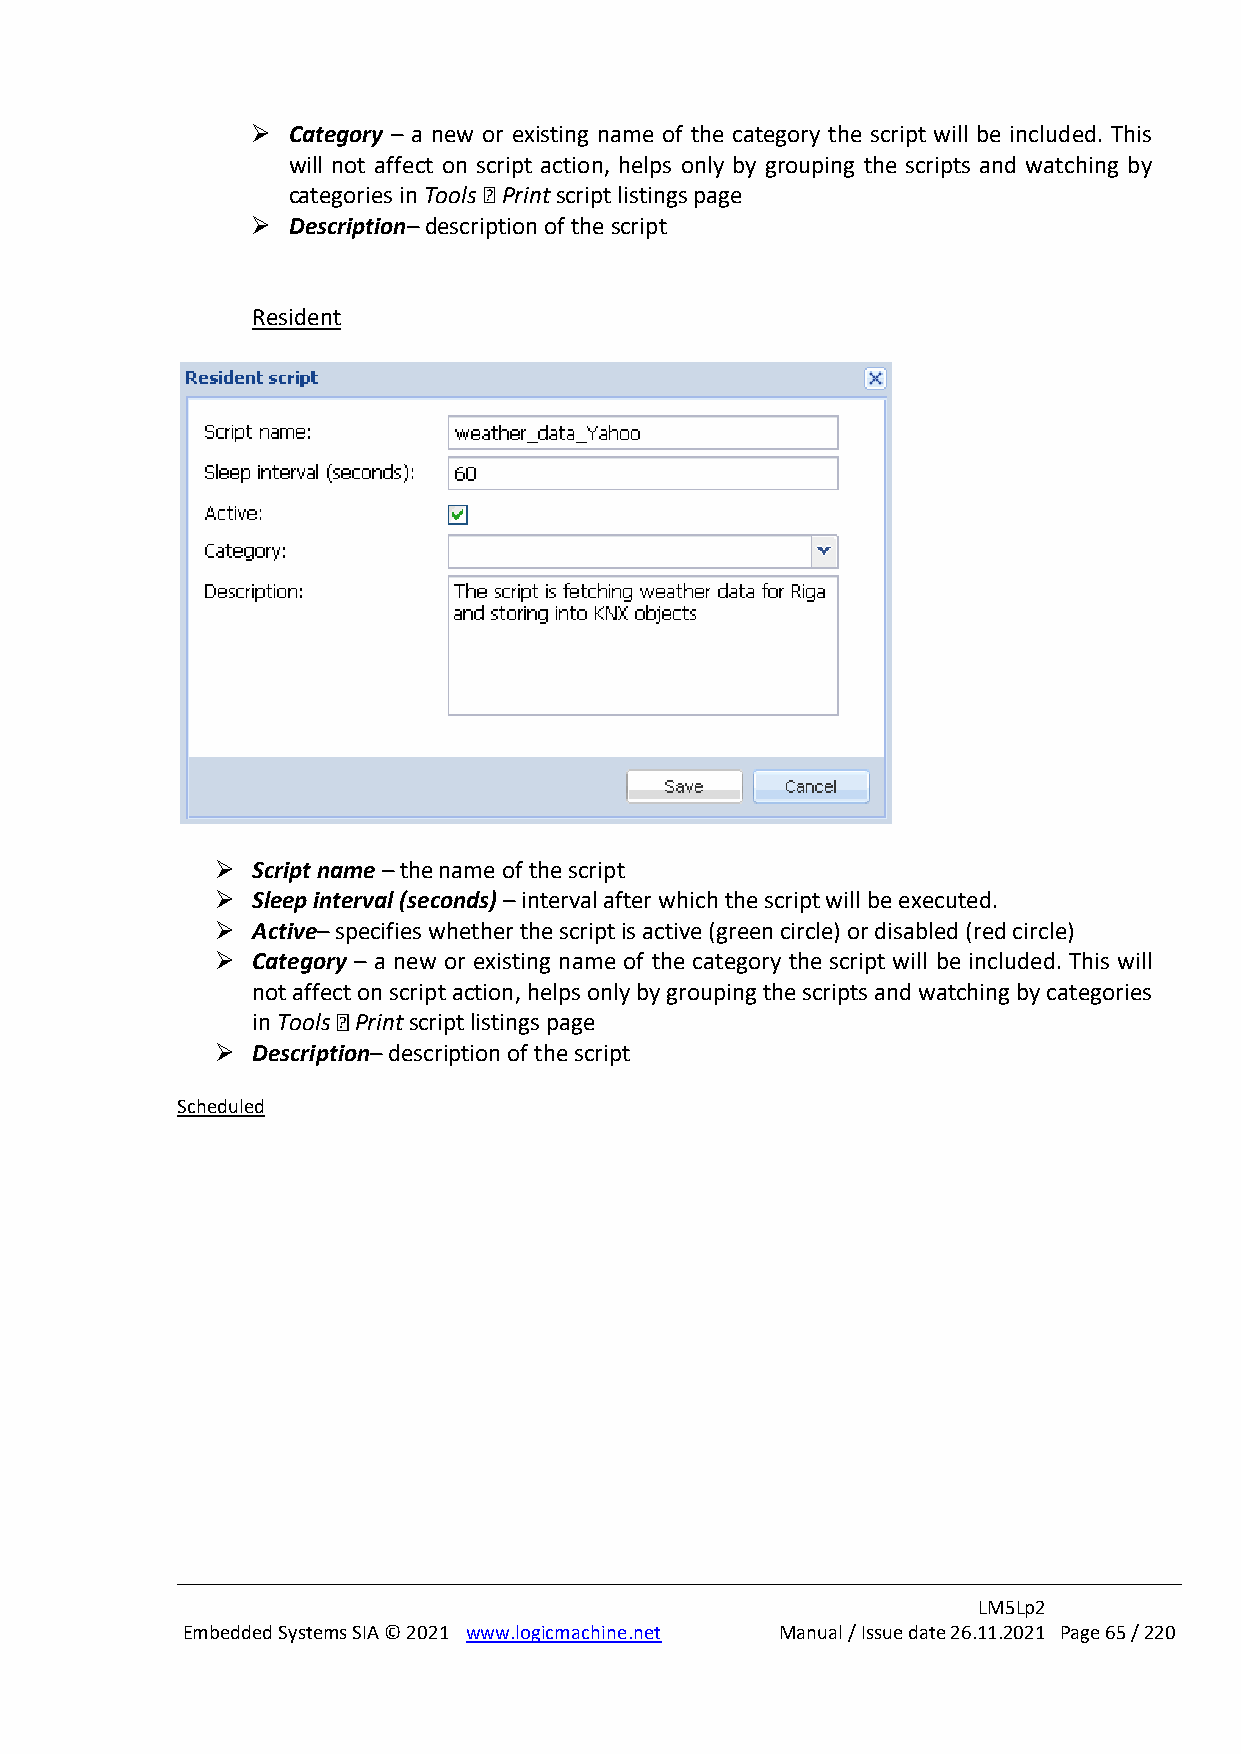
➢ Category – a new or existing name of the category the script will be included. This
 will not affect on script action, helps only by grouping the scripts and watching by
 categories in Tools Print script listings page
 ➢ Description– description of the script
 Resident
 ➢  Script name – the name of the script
 ➢  Sleep interval (seconds) – interval after which the script will be executed.
 ➢  Active– specifies whether the script is active (green circle) or disabled (red circle)
 ➢  Category – a new or existing name of the category the script will be included. This will
 not affect on script action, helps only by grouping the scripts and watching by categories
 in Tools Print script listings page
 ➢  Description– description of the script
 Scheduled
 LM5Lp2
 Embedded Systems SIA © 2021 www.logicmachine.net Manual / Issue date 26.11.2021 Page 65 / 220